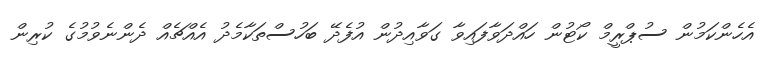
އެހެންކަމުން ސުޕްރީމް ކޯޓުން ހައްދަވާފައިވާ ގަވާއިދުން އުފެދޭ ބަހުސްތަކާމެދު އެއްޗެއް ދެންނެވުމުގެ ކުރިން